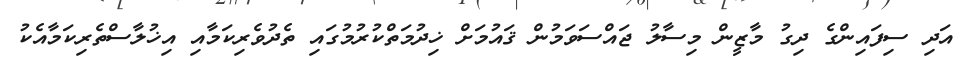
އަދި ސިފައިންގެ ދިގު މާޒީން މިސާލު ޖައްސަވަމުން ޤައުމަށް ޚިދުމަތްކުރުމުގައި ތެދުވެރިކަމާއި އިޚުލާސްތެރިކަމާއެކު